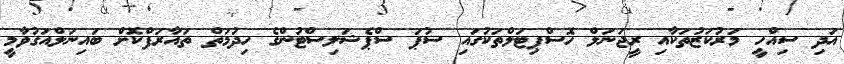
އަދި ސިއްހީ މަރުކަޒުތަކާއި ރީޖަނަލް ހޮސްޕިޓަލްތަކުގައި ސުޕަ ސްޕެޝަލިސްޓުންގެ ހިދުމަތް ތައާރަފްކޮށް ބައިނަލްއަގުވާމީ